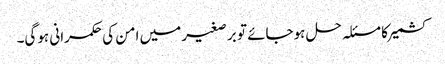
کشمیر کا مسئلہ حل ہوجائے تو بر صغیر میں امن کی حکمرانی ہوگی۔